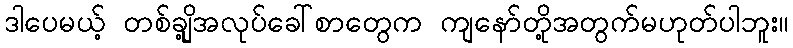
ဒါပေမယ့် တစ်ချို့အလုပ်ခေါ်စာတွေက ကျနော်တို့အတွက်မဟုတ်ပါဘူး။